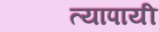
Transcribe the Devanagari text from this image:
त्यापायी